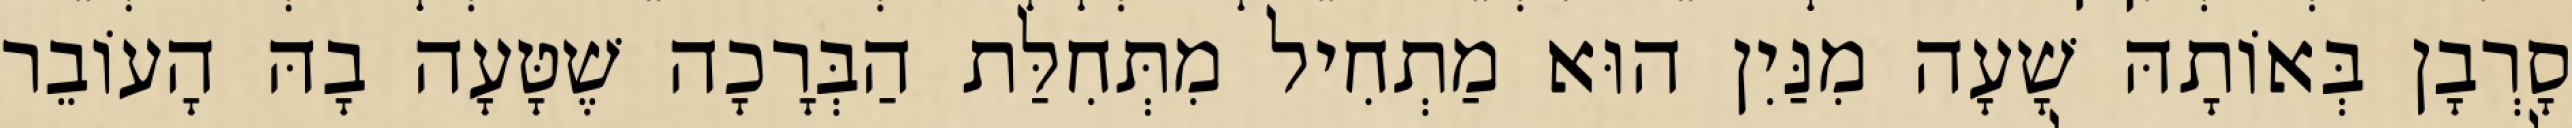
סָרְבָן בְּאוֹתָהּ שָׁעָה מִנַּיִן הוּא מַתְחִיל מִתְּחִלַּת הַבְּרָכָה שֶׁטָּעָה בָהּ הָעוֹבֵר